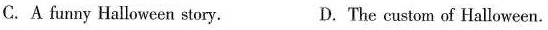
C. A funny Halloween story. D. The custom of Halloween.